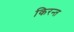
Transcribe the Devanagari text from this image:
किरन्त